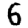
Digit: 6